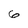
Character: 6